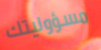
مسؤوليتك